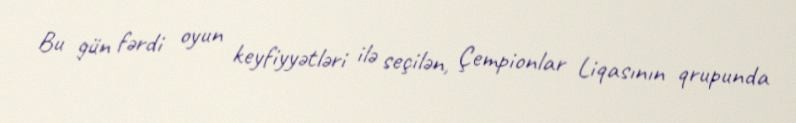
Bu gün fərdi oyun keyfiyyətləri ilə seçilən, Çempionlar Liqasının qrupunda